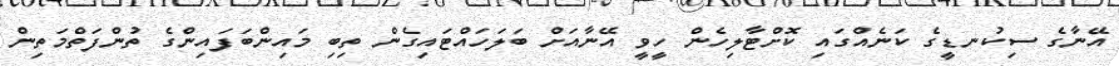
އޭނާގެ ސިކުނޑީގެ ކަނެއްގައި ކޮށްޓާލިހެން ހީވީ އޭނާއަށް ބަލަހައްޓައިގެން ތިބި މައިންބަފައިންގެ ތުންފަތްމަތިން